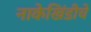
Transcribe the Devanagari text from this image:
नाकेखिंडीचे